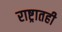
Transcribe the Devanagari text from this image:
राष्ट्रातही